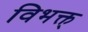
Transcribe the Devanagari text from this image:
विभक्त्